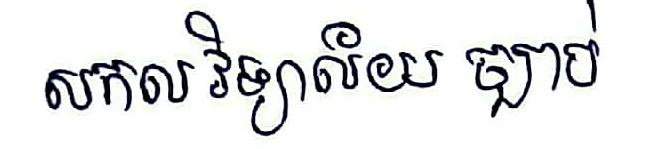
សកលវិទ្យាល័យ ច្បាប់